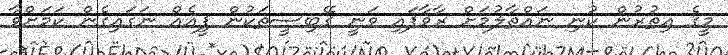
މީގެ އިތުރުން ކުނި ނައްތާލުމަށް ރާވާފައި ވަނީ ގޭބިސީތަކުން ފީއެއް ނަގައިގެން ކަމަށްވާ